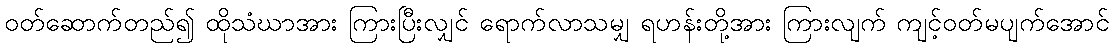
ဝတ်ဆောက်တည်၍ ထိုသံဃာအား ကြားပြီးလျှင် ရောက်လာသမျှ ရဟန်းတို့အား ကြားလျက် ကျင့်ဝတ်မပျက်အောင်